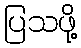
ပြသဖို့